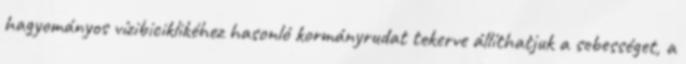
hagyományos vízibiciklikéhez hasonló kormányrudat tekerve állíthatjuk a sebességet, a